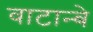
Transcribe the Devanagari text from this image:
वाटान्बे